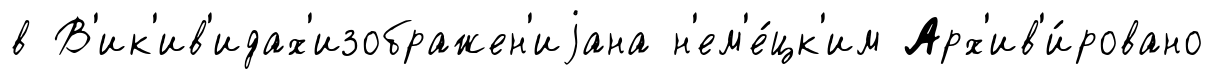
в В'ик'ив'идах'изображен'иjана н'ем'е́цк'им Арх'ив'и́ровано